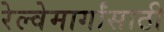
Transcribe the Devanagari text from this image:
रेल्वेमार्गांसाठी